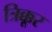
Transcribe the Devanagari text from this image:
त्रिक्कूर